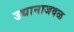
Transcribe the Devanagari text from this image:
उद्यानाजवळ